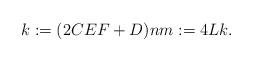
LaTeX: \begin{align*} k:=(2CEF+D)n m:=4Lk.\end{align*}